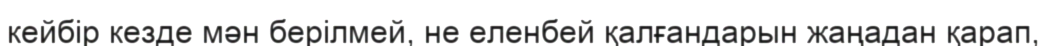
кейбір кезде мән берілмей, не еленбей қалғандарын жаңадан қарап,